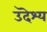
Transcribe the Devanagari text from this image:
उदॆश्य